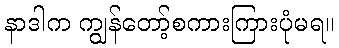
နာဒါက ကျွန်တော့်စကားကြားပုံမရ။